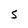
Character: S